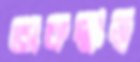
অকস্মাত্